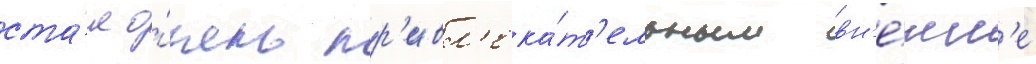
ста́л о́чень пр'ивл'ека́т'ельным вн'е́шн'е